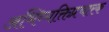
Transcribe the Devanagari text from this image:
अभिव्यक्तिप्रचारक